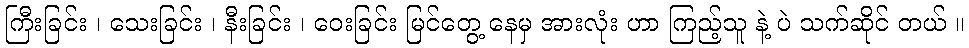
ကြီးခြင်း ၊ သေးခြင်း ၊ နီးခြင်း ၊ ဝေးခြင်း မြင်တွေ့ နေမှ အားလုံး ဟာ ကြည့်သူ နဲ့ ပဲ သက်ဆိုင် တယ် ။